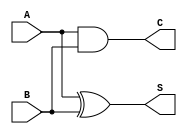
module half_adder (
    input A,B, output reg S,C
);
always @(*) begin
    S = A^B;
    C = A&B;
    
end
endmodule